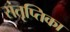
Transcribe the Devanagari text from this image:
संतृप्तिका